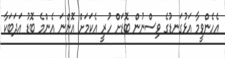
އެހެންވީމާ އަޅުގަނޑުގެ ވިސްނުން ބޮޑަށް ހުރީ އެކަމަށް އޮންނަ އެންމެ ބޮޑު އަދަބަކާ